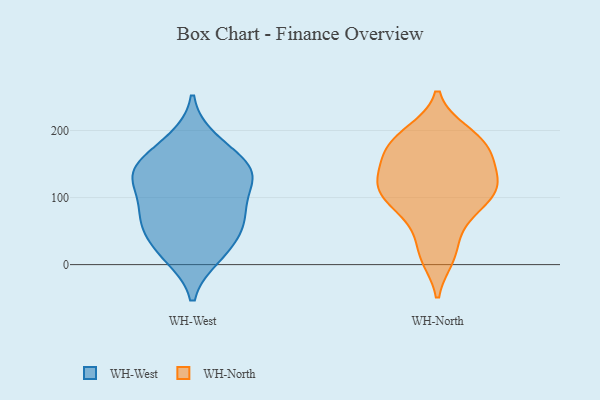
{"axis": {"x": "Tickets Resolved", "y": "Value"}, "legend": ["WH-North", "WH-West"], "data": [{"x": "", "y": 57, "type": "WH-West"}, {"x": "", "y": 16, "type": "WH-West"}, {"x": "", "y": 174, "type": "WH-West"}, {"x": "", "y": 136, "type": "WH-West"}, {"x": "", "y": 134, "type": "WH-West"}, {"x": "", "y": 13, "type": "WH-West"}, {"x": "", "y": 70, "type": "WH-West"}, {"x": "", "y": 129, "type": "WH-West"}, {"x": "", "y": 145, "type": "WH-West"}, {"x": "", "y": 65, "type": "WH-West"}, {"x": "", "y": 131, "type": "WH-West"}, {"x": "", "y": 186, "type": "WH-West"}, {"x": "", "y": 135, "type": "WH-West"}, {"x": "", "y": 30, "type": "WH-West"}, {"x": "", "y": 87, "type": "WH-West"}, {"x": "", "y": 75, "type": "WH-West"}, {"x": "", "y": 106, "type": "WH-North"}, {"x": "", "y": 65, "type": "WH-North"}, {"x": "", "y": 121, "type": "WH-North"}, {"x": "", "y": 173, "type": "WH-North"}, {"x": "", "y": 192, "type": "WH-North"}, {"x": "", "y": 197, "type": "WH-North"}, {"x": "", "y": 12, "type": "WH-North"}, {"x": "", "y": 114, "type": "WH-North"}, {"x": "", "y": 185, "type": "WH-North"}, {"x": "", "y": 18, "type": "WH-North"}, {"x": "", "y": 107, "type": "WH-North"}, {"x": "", "y": 105, "type": "WH-North"}, {"x": "", "y": 156, "type": "WH-North"}, {"x": "", "y": 73, "type": "WH-North"}, {"x": "", "y": 163, "type": "WH-North"}, {"x": "", "y": 150, "type": "WH-North"}, {"x": "", "y": 120, "type": "WH-North"}]}